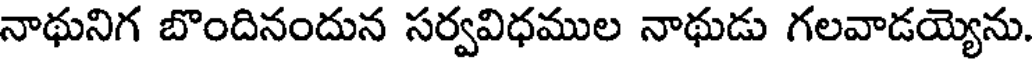
నాథునిగ బొందినందున సర్వవిధముల నాథుడు గలవాడయ్యెను.